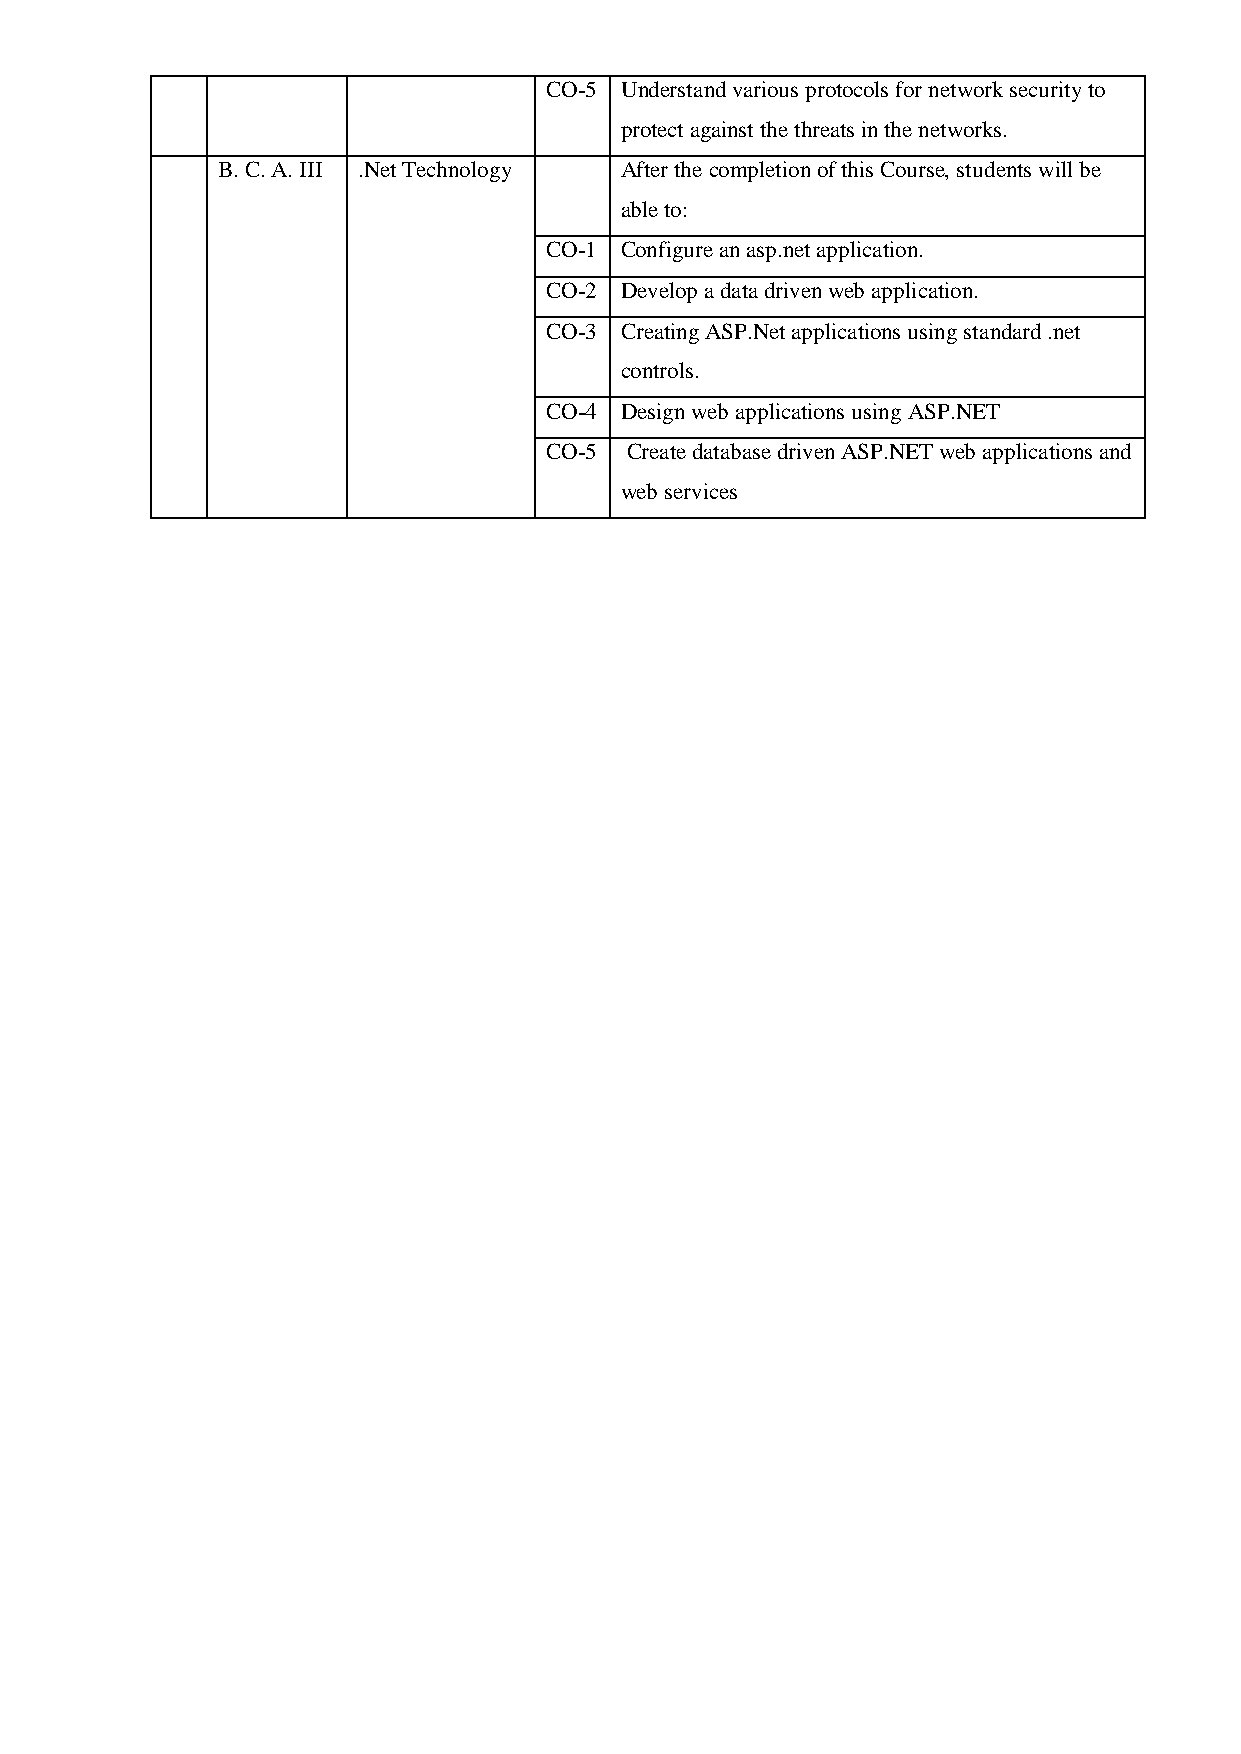
CO-5 Understand various protocols for network security to
 protect against the threats in the networks.
 B. C. A. III .Net Technology After the completion of this Course, students will be
 able to:
 CO-1 Configure an asp.net application.
 CO-2 Develop a data driven web application.
 CO-3 Creating ASP.Net applications using standard .net
 controls.
 CO-4 Design web applications using ASP.NET
 CO-5 Create database driven ASP.NET web applications and
 web services